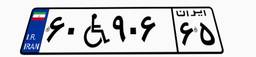
۹۴W۴۵۳۸۴